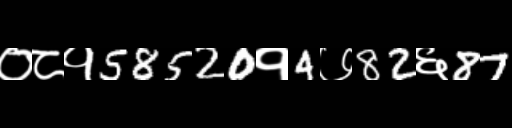
Text: ०८१58520१4७82६87